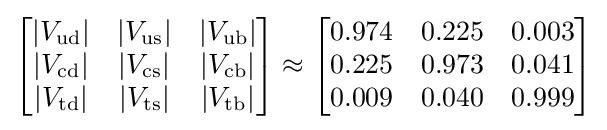
{\begin{bmatrix}|V_{\mathrm {ud} }|&|V_{\mathrm {us} }|&|V_{\mathrm {ub} }|\\|V_{\mathrm {cd} }|&|V_{\mathrm {cs} }|&|V_{\mathrm {cb} }|\\|V_{\mathrm {td} }|&|V_{\mathrm {ts} }|&|V_{\mathrm {tb} }|\end{bmatrix}}\approx {\begin{bmatrix}0.974&0.225&0.003\\0.225&0.973&0.041\\0.009&0.040&0.999\end{bmatrix}}